Vaccination in Bombay 1913-1923 - 1913-1923
Year: 1913
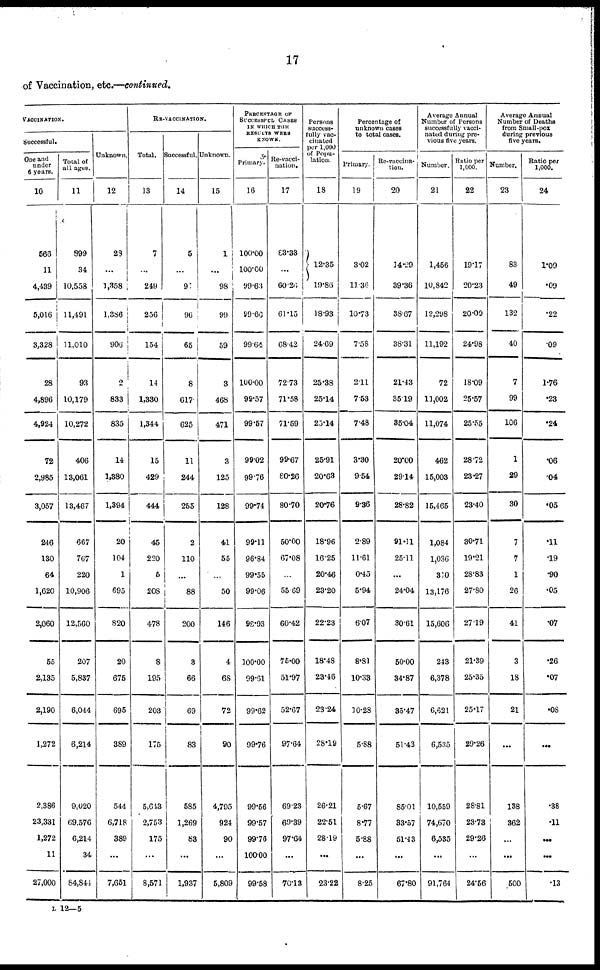
17
of Vaccination, etc.—continued.
VACCINATION.
Successful.
One and
under
6 years.
10
566
11
4,439
5,016
3,328
28
4,896
4,924
72
2,985
3,057
246
130
64
1,620
2,060
55
2,135
2,190
1,272
2,386
23,331
1,272
11
27,000
Total of
all ages.
11
899
34
10,558
11,491
11,010
93
10,179
10,272
406
13,061
13,467
667
767
220
10,906
12,560
207
5,837
6,044
6,214
9,020
69,576
6,214
34
84,844
Unknown.
12
28
...
1,358
1,386
906
2
833
835
14
1,380
1,394
20
104
1
695
820
20
675
695
389
544
6,718
389
...
7,651
RE-VACCINATION.
Total.
13
7
...
249
256
154
14
1,330
1,344
15
429
444
45
220
6
208
478
8
195
203
175
5,643
2,753
175
...
8,571
Successful.
14
5
...
91
96
65
8
617
625
11
244
255
2
110
...
88
200
3
66
69
83
585
1,269
83
...
1,937
Unknown.
15
1
...
98
99
59
3
468
471
3
125
128
41
55
...
50
146
4
68
72
90
4,795
924
90
...
5,809
PERCENTAGE OF
SUCCESSFUL CASES
IN WHICH THE
RESULTS WERE
KNOWN.
Primary.
16
100.00
100.00
99.63
99.66
99.64
100.00
99.57
99.57
99.02
99.76
99.74
99.11
96.84
99·55
99·06
98.93
100.00
99.61
99.62
99.76
99.56
99.57
99.76
100.00
99.58
Re-vacci-
nation.
17
83.33
...
60·26
61.15
68·42
72.73
71.58
71.59
99.67
80.26
80.70
50.00
67.08
...
55.69
60.42
75·00
51.97
52.67
97.64
69.23
69.39
97.64
...
70.13
Persons
success¬
fully vac-
cinated
per 1,000
of Popu-
lation.
18
12.35
19.86
18.93
24.69
25.38
25.14
25.14
25.91
20.63
20.76
18.96
16.25
20.46
23.20
22.23
18.48
23.46
23.24
28.19
26.21
22.51
28.19
...
23·22
Percentage of
unknown cases
to total cases.
Primary.
19
3.02
11.36
10.73
7.58
2.11
7.53
7.48
3·30
9.54
9.36
2.89
11.61
0·45
5.94
6.07
8.81
10.33
10.28
5.88
5.67
8.77
5.88
...
8.25
Re-vaccina¬
tion.
20
14.29
39.36
38.67
38.31
21.43
35.19
35.04
20.00
29.14
28.82
91.11
25.11
...
24.04
30.61
50.00
34.87
35.47
51.43
85.01
33.57
51.43
...
67.80
Average Annual
Number of Persons
successfully vacci-
nated during pre-
vious five years.
Number.
21
1,456
10,842
12,298
11,192
72
11,002
11,074
462
15,003
15,465
1,084
1,036
310
13,176
15,606
243
6,378
6,621
6,535
10,559
74,670
6,535
...
91,764
Ratio per
1,000.
22
19.17
20.23
20.09
24.98
18.09
25.57
25.55
28.72
23.27
23.40
30.71
19.21
28.83
27.80
27.19
21.39
25.35
25.17
29.26
28.81
23.73
29.26
...
24.56
Average Annual
Number of Deaths
from Small-pox
during previous
five years.
Number.
23
83
49
132
40
7
99
106
1
29
30
7
7
1
26
41
3
18
21
...
138
362
...
...
500
Ratio per
1,000.
24
1.09
.09
.22
.09
1.76
.23
.24
.06
.04
.05
.11
.19
.90
.05
.07
.26
.07
.08
...
.38
.11
...
...
.13
L 12—5